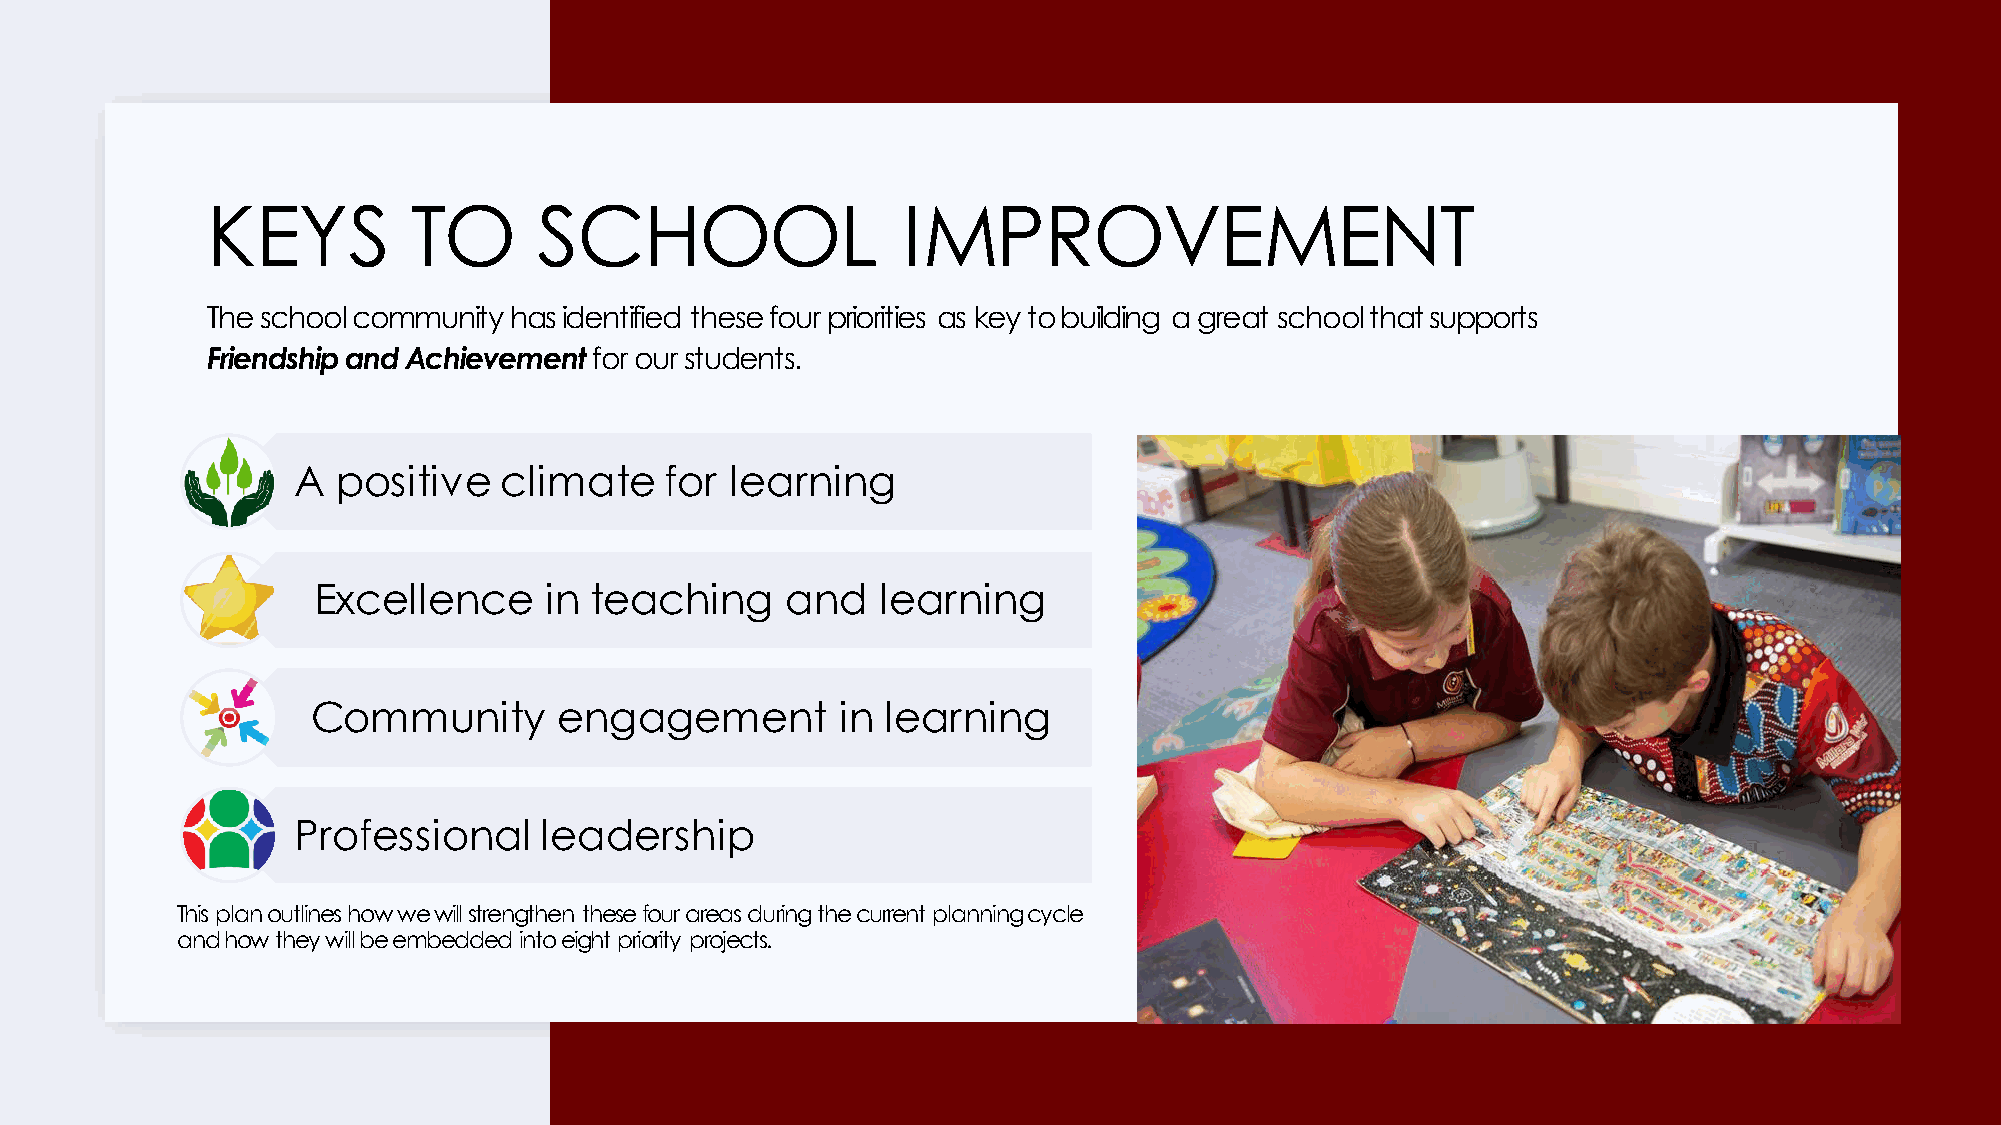
KEYS         TO       SCHOOL                  IMPROVEMENT
 The school community has identified these four priorities as key to building a great school that supports
 Friendship and Achievement for our students.
 A  positive   climate    for learning
 Excellence     in teaching     and   learning
 Community       engagement         in learning
 Professional     leadership
 This plan outlines how we will strengthen these four areas during the current planning cycle
 and how they will be embedded into eight priority projects.